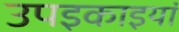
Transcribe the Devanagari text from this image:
उपइकाइयां